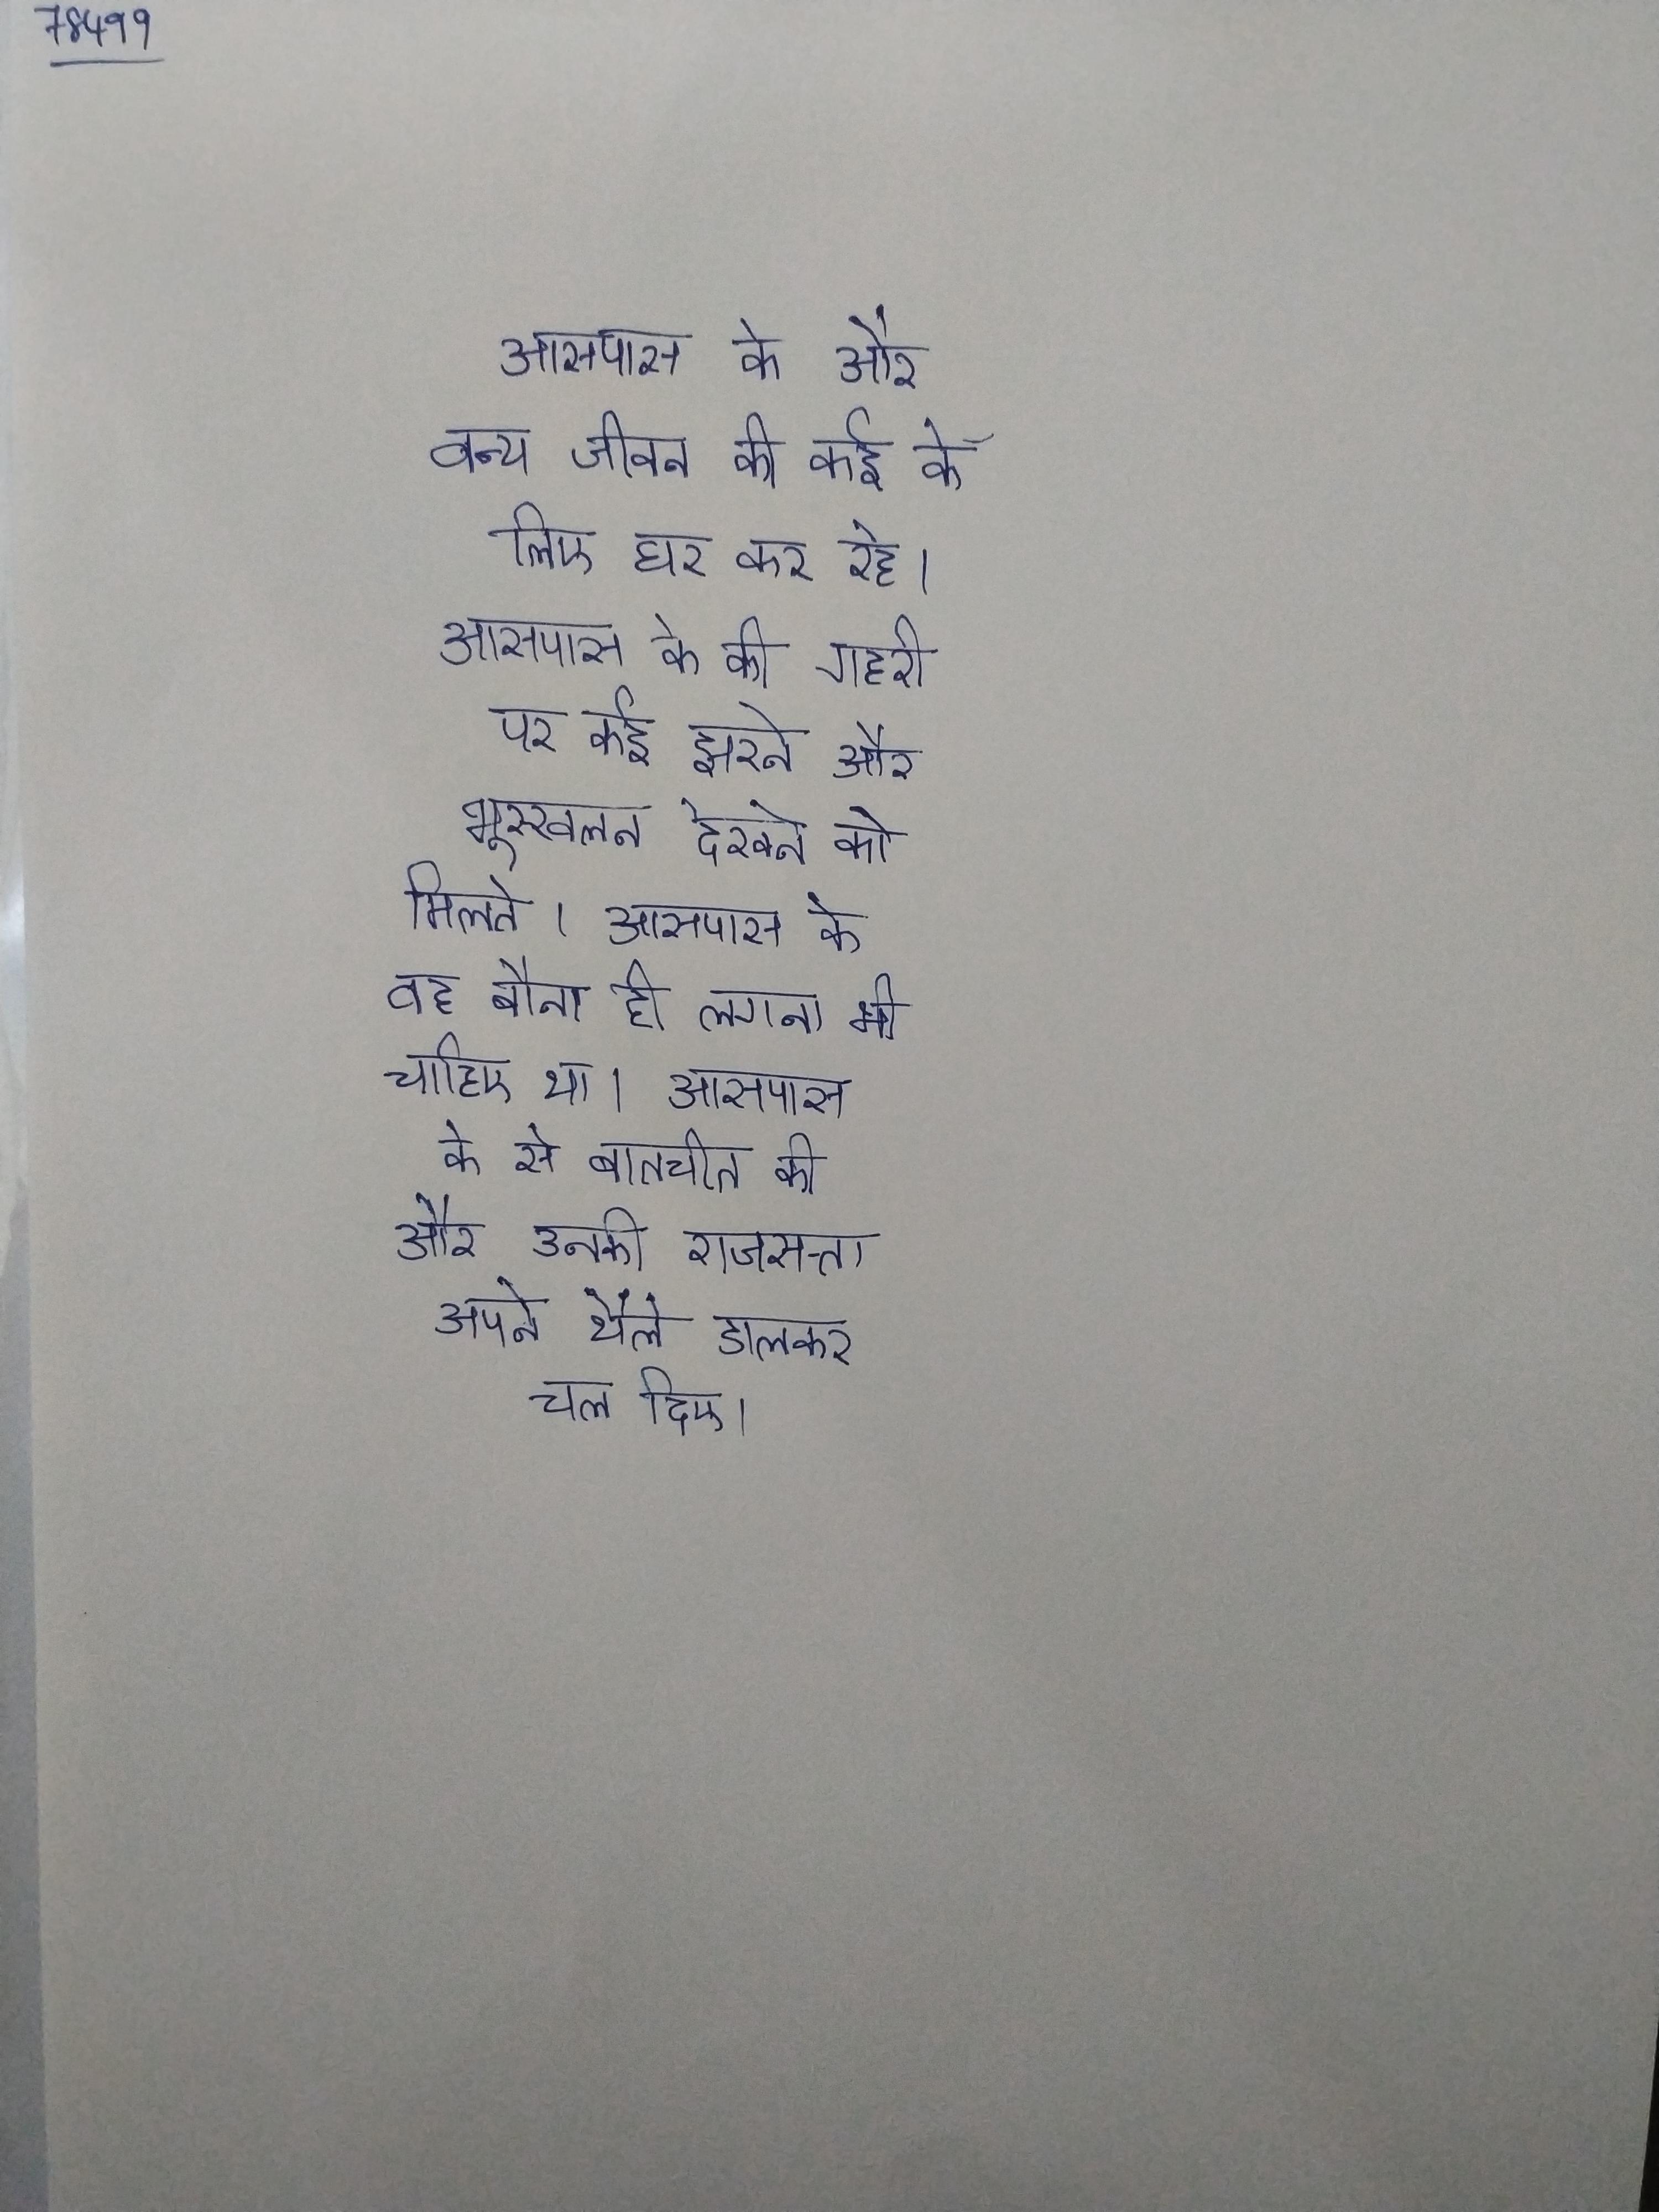
आसपास के और वन्य जीवन की कई के लिए घर कर रहे । आसपास के की गहरी पर कई झरने और भूस्खलन देखने को मिलते । आसपास के वह बौना ही लगना भी चाहिए था । आसपास के से बातचीत की और उनकी राजसत्ता अपने थैले डालकर चल दिए ।